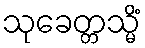
သုခေတ္တသ္မိံ